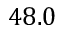
4 8 . 0